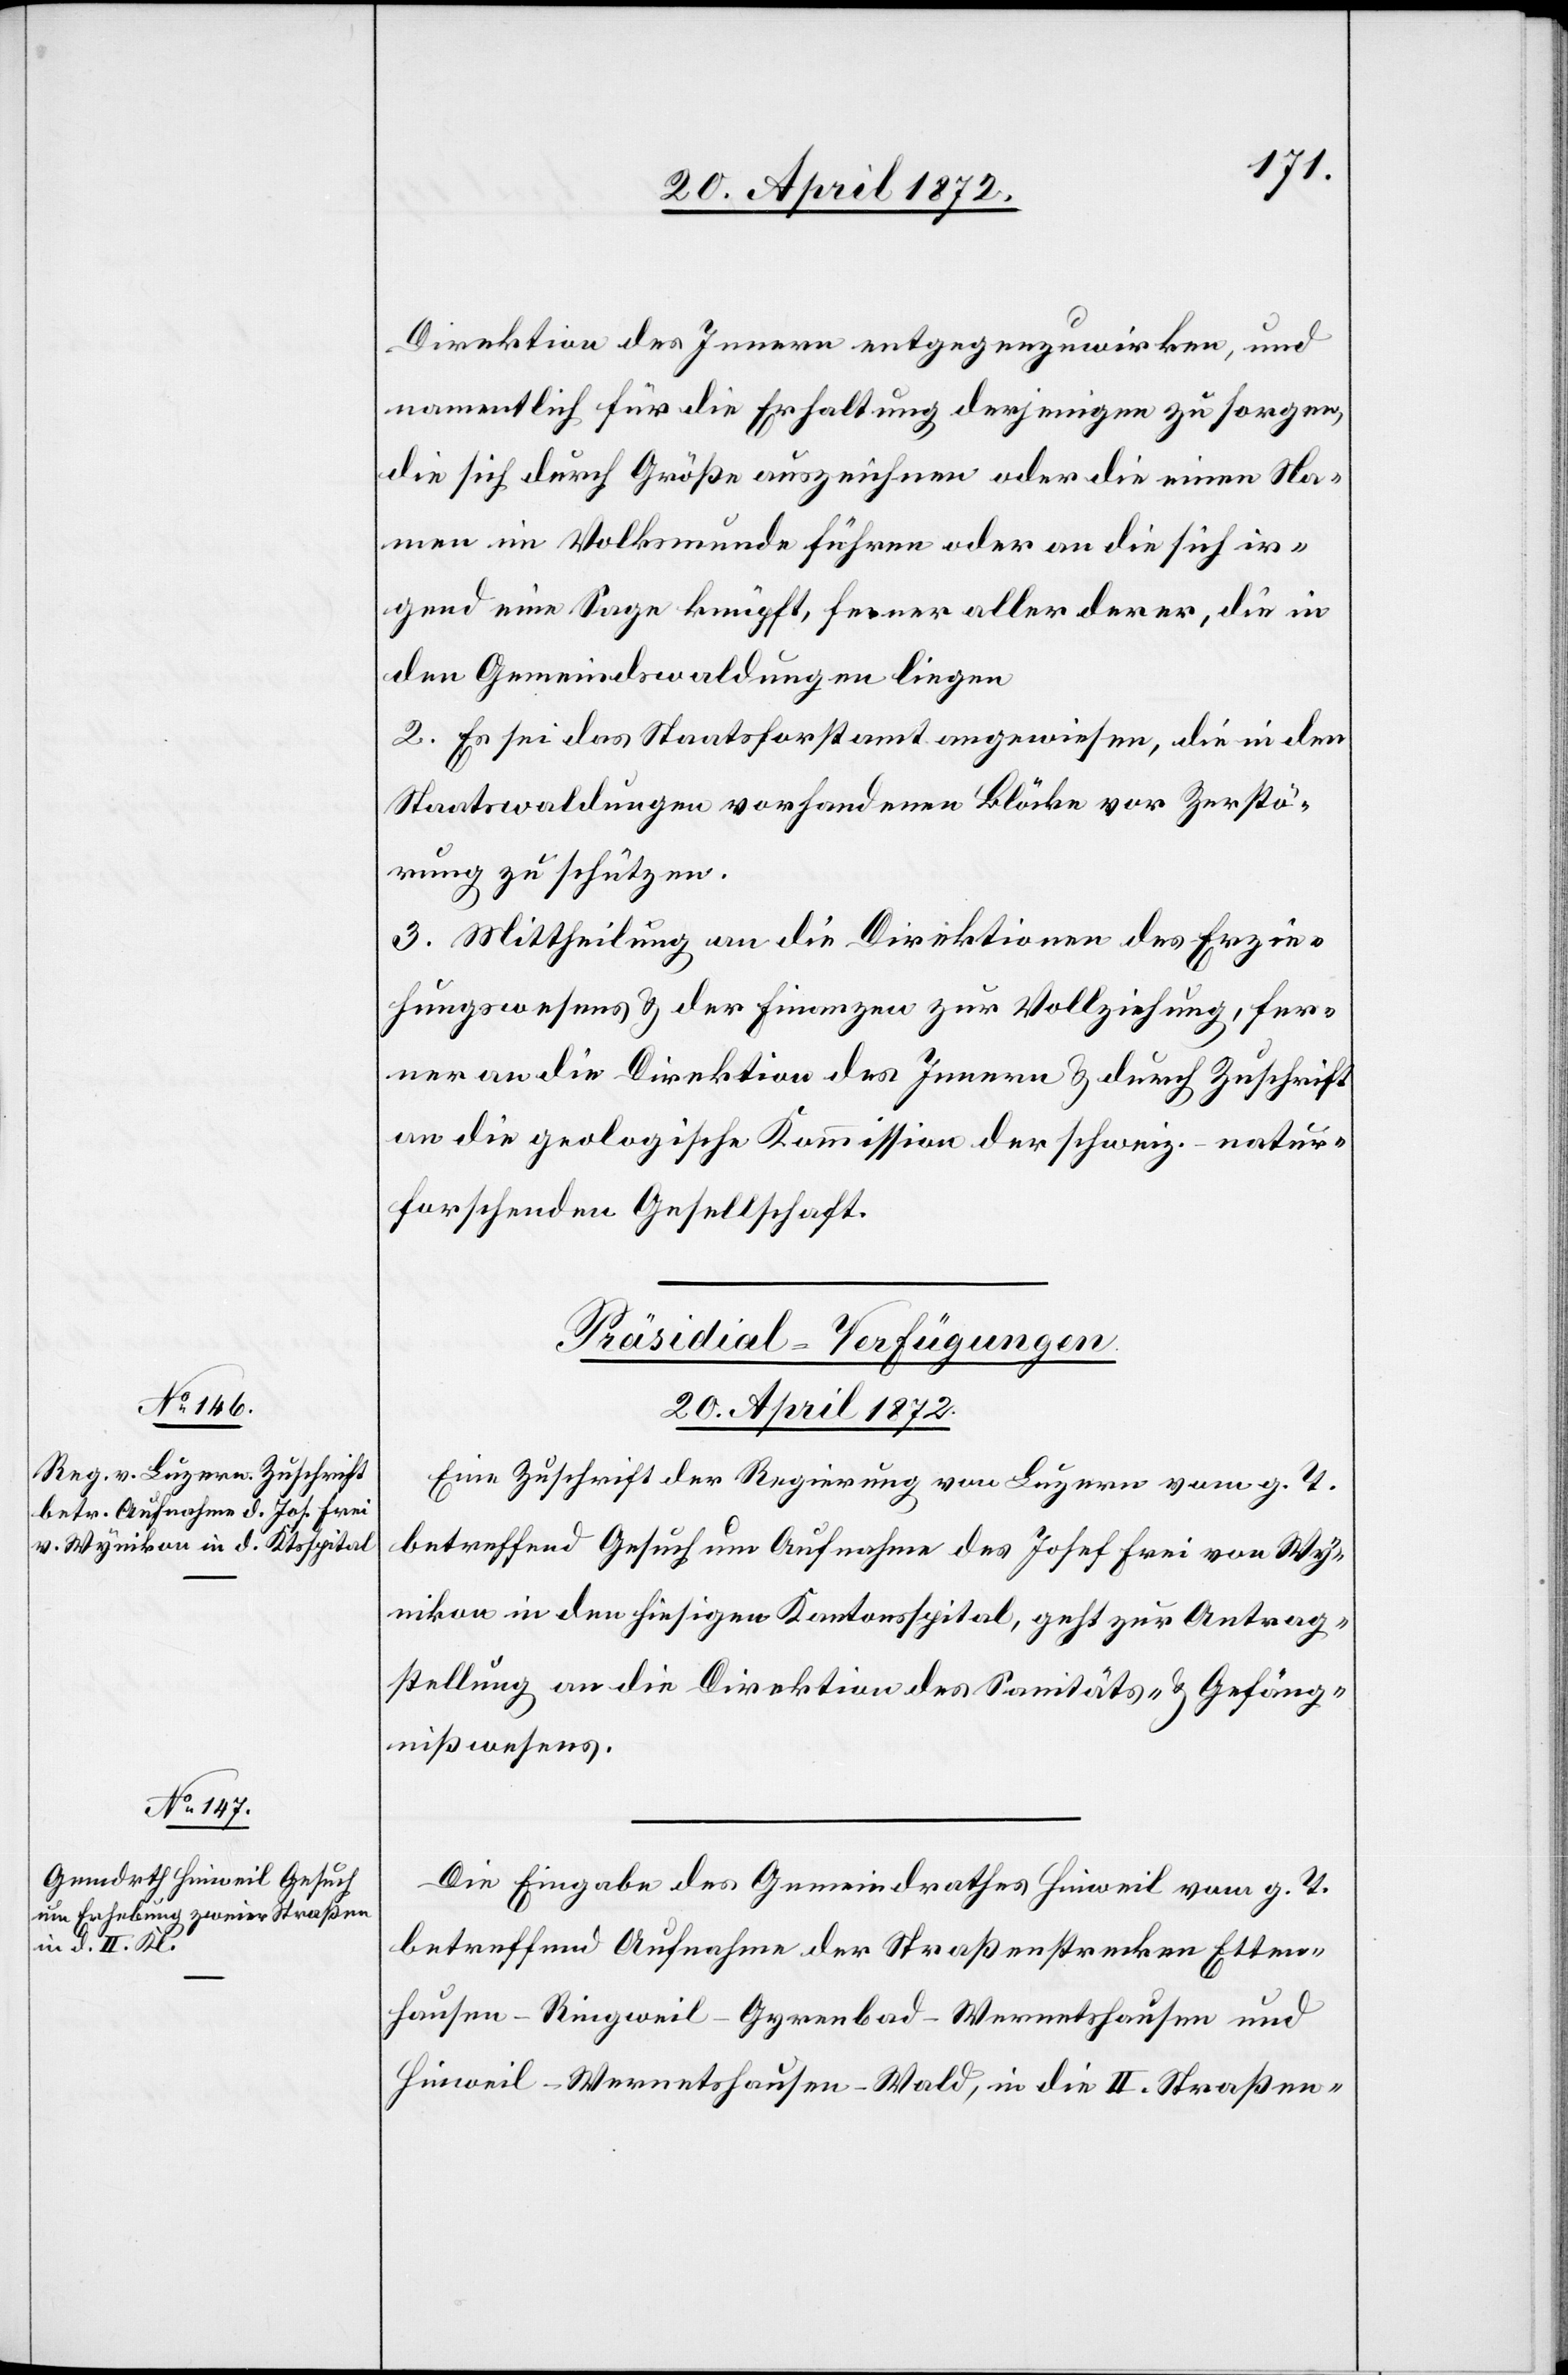
20. April 1872.]
Direktion des Innern entgegenzuwirken, und
namentlich für die Erhaltung derjenigen zu sorgen,
die sich durch Größe auszeichnen oder die einen Na¬
men im Volksmunde führen oder an die sich ir¬
gend eine Sage knüpft, ferner aller derer, die in
den Gemeindwaldungen liegen[.]
2. Es sei das Staatsforstamt angewiesen, die in den
Staatswaldungen vorhandenen Blöcke vor Zerstö¬
rung zu schützen.
3. Mittheilung an die Direktionen des Erzie¬
hungswesens u. der Finanzen zur Vollziehung, fer¬
ner an die Direktion des Innern u. durch Zuschrift
an die geologische Kommission der schweiz.-natur¬
forschenden Gesellschaft.
[Präsidial-Verfügungen
20. April 1872.
Eine Zuschrift der Regierung von Luzern vom g. T.
betreffend Gesuch um Aufnahme des Josef Frei von Wy¬
nikon in den hiesigen Kantonsspital, geht zur Antrag¬
stellung an die Direktion des Sanitäts- u. Gefäng¬
nißwesens.
Die Eingabe des Gemeindrathes Hinweil vom g. T.
betreffend Aufnahme der Straßenstrecken Etten¬
hausen–Ringweil–Gyrenbad–Wernetshausen und
Hinweil–Wernetshausen–Wald, in die II. Straßen-